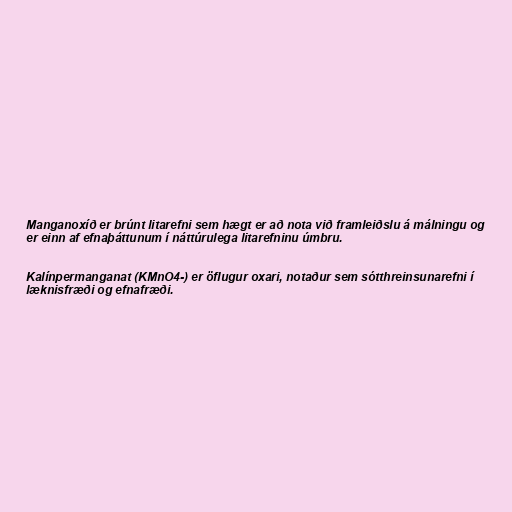
Manganoxíð er brúnt litarefni sem hægt er að nota við framleiðslu á málningu og
er einn af efnaþáttunum í náttúrulega litarefninu úmbru.

Kalínpermanganat (KMnO4-) er öflugur oxari, notaður sem sótthreinsunarefni í
læknisfræði og efnafræði.